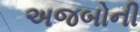
અજબોની